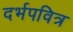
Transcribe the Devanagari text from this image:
दर्भपवित्र